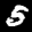
Label: 5